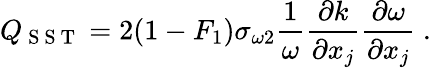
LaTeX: Q_{\mathrm{~S~S~T~}}=2(1-F_{1})\sigma_{\omega 2}\frac{1}{\omega}\frac{\partial k}{\partial x_{j}}\frac{\partial\omega}{\partial x_{j}}\mathrm{~.~}